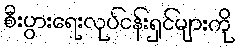
စီးပွားရေးလုပ်ငန်းရှင်များကို